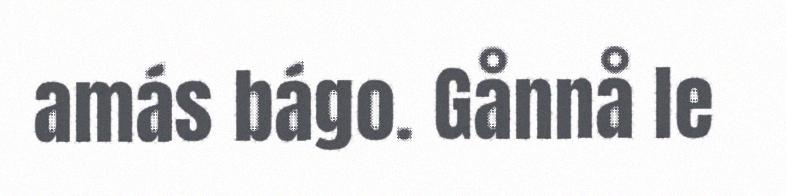
amás bágo. Gånnå le